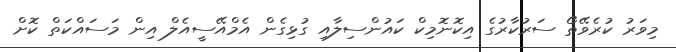
މިވަރު ކުރެވޭތޯ ސަރުކާރުގެ އިކޮނޮމިކް ކައުންސިލާއި ގުޅިގެން އެމްއޭސީއެލް އިން މަސައްކަތް ކޮށް